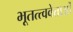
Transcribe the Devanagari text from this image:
भूतत्त्ववेत्ताओं